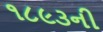
૧૮૯૩ની